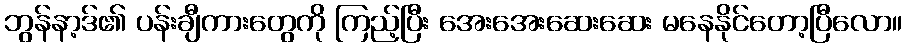
ဘွန်နာ့ဒ်၏ ပန်းချီကားတွေကို ကြည့်ပြီး အေးအေးဆေးဆေး မနေနိုင်တော့ပြီလော။